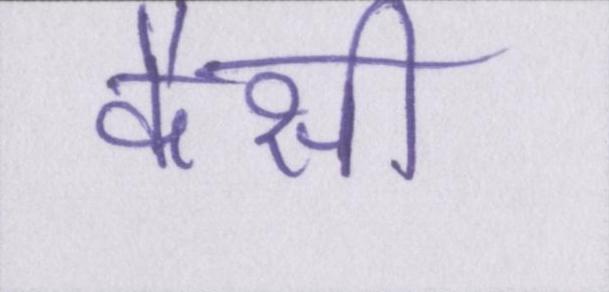
कैसी